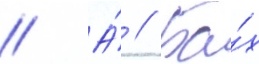
// А́ // Ба́х